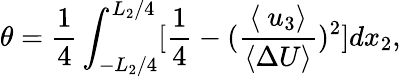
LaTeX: \theta=\frac{1}{4}\int_{-L_{2}/4}^{L_{2}/4}[\frac{1}{4}-(\frac{\langle\ u_{3}\rangle}{\langle\Delta U\rangle})^{2}]dx_{2},